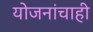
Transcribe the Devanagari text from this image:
योजनांचाही